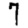
Digit: 7